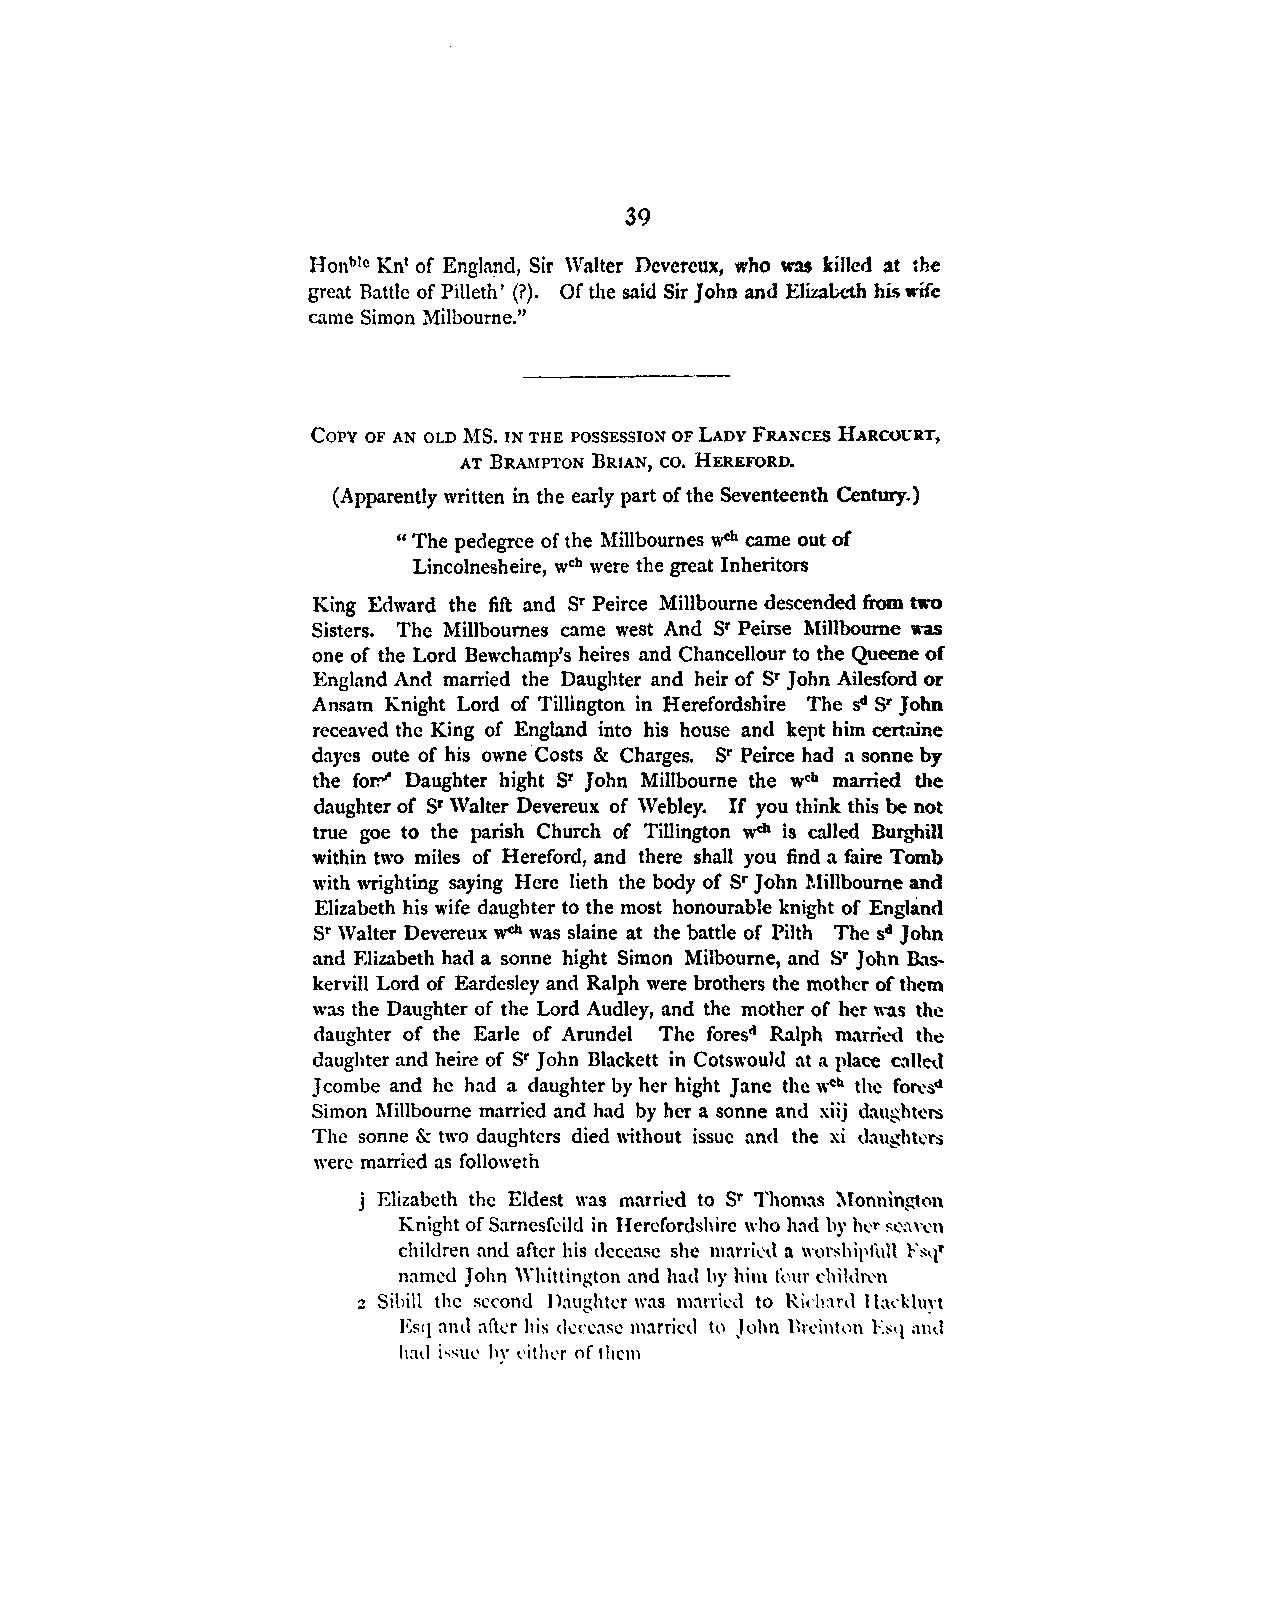
39
 Honblc Kn1 of Engla!)d, Sir Walter Devereux, who was killed at the
 great Battle of Pilleth' (?). Of the said Sir John and Elizalx-th his .-ife
 came Simon Milbourne."
 COPY OF AN OLD MS. IN THE POSSESSION OF LADY FRANCES HARCOt:RT,
 AT BRAMPTON BRIAN, co. HEREFORD.
 (Apparently written in the early part of the Seventeenth Centwy.)
 " The pedegree of the Millbournes WCh came out of
 Lincolnesheire, wch were the great Inheritors
 King Edward the fift and sr Peirce Millbourne descended from t,ro
 Sisters. The Millboumes came west And sr Peirse Millbourne was
 one of the Lord Bewchamp's heires and Chancellour to the Queene of
 England And married the Daughter and heir of Sr John Ailesford or
 Ansam Knight Lord of Tillington in Herefordshire The sd sr John
 receaved the King of England into his house and kept him certaine
 daycs oute of his owne ·C osts & Charges. sr Peirce had a sonne by
 the fo~ Daughter hight gr J oho Millbourne the wth married the
 daughter of sr Walter Devereux of Webley. If you think this be not
 true goe to the parish Church of Tillington wch is called Burghill
 within two miles of Hereford, and there shall you find a faire Tomb
 with wrighting saying Herc lieth the body of gr John :Millbourne and
 Elizabeth his wife daughter to the most honourable knight of England
 sr Walter Devereux wch was slaine at the battle of Pilth The sd John
 and F.lizabeth had a sonne hight Simon Milbourne, and sr John B..1.s
 kervill Lord of Eardcsley and Ralph were brothers the mother of them
 was the Daughter of the Lord Audley, and the mother of her was thl.!
 daughter of the Earle of Arundel The foresd Ralph marrfod the
 daughter and heire of sr John Blackett in Cotswoul<l at a place called
 Jcombe and he had a daughter by her hight Jane the weh the fo~s"
 Simon Millbourne married and had by her a sonne an<l xiij daughters
 The sonne & two daughters died without issue and the xi daughkrs
 were married as followeth
 j Elizabeth the Eldest was married to sr Thomas :O.tonnington
 Knight of Sarnesfcild in Herefordshire who had hy lwr sc:rn. '. n
 children and after his decease she mankd a wor~hipfull Fs,1r
 named John \\'hittington and had hy him ti.1ur d1il~ln.'n
 z Siliill the second Ihughtl'r was m:trrkd to Rich:ml l la.-kluyt
 Esq and after his (kccasc marrictl hl John llrt'inhlll 1-:~q and
 had is,Ut' hy l'ilhl'r of them